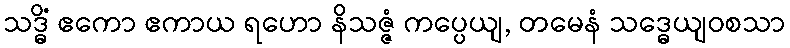
သဒ္ဓိံ ဧကော ဧကာယ ရဟော နိသဇ္ဇံ ကပ္ပေယျ, တမေနံ သဒ္ဓေယျဝစသာ